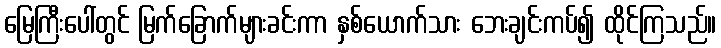
မြေကြီးပေါ်တွင် မြက်ခြောက်များခင်းကာ နှစ်ယောက်သား ဘေးချင်းကပ်၍ ထိုင်ကြသည်။